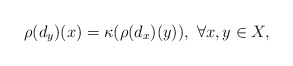
\begin{align*} \rho(d_y)(x) = \kappa(\rho(d_x)(y)),\ \forall x,y\in X, \end{align*}